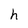
Character: h